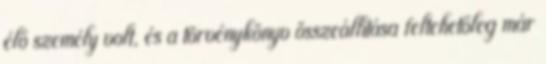
élő személy volt, és a törvénykönyv összeállítása feltehetőleg már